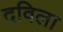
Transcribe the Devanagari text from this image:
दविला